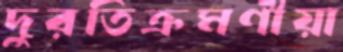
দুরতিক্রমণীয়া